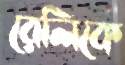
রেলিকে